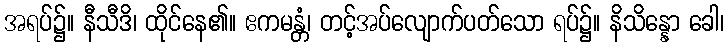
အရပ်၌။ နီသီဒိ၊ ထိုင်နေ၏။ ဧကမန္တံ၊ တင့်အပ်လျောက်ပတ်သော ရပ်၌။ နိသိန္နော ခေါ၊